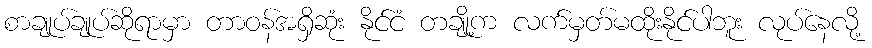
စာချုပ်ချုပ်ဆိုရာမှာ တာဝန်အရှိဆုံး နိုင်ငံ တချို့က လက်မှတ်မထိုးနိုင်ပါဘူး လုပ်နေလို့